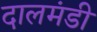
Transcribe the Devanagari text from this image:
दालमंडी